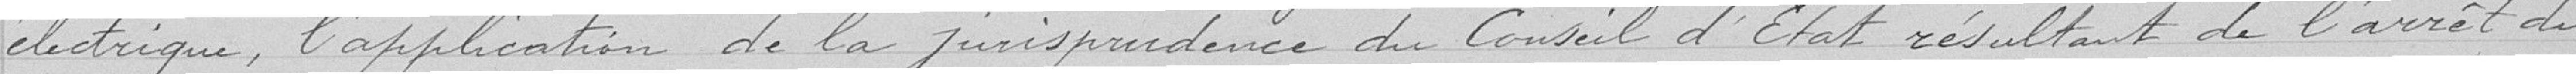
électrique, l'application de la jurisprudence du Conseil d'Etat résultant de l'arrêt du